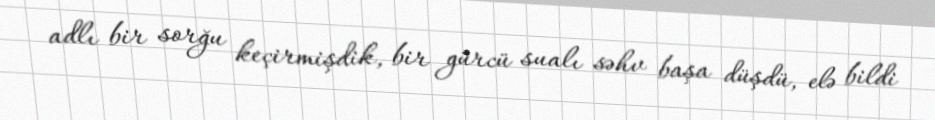
adlı bir sorğu keçirmişdik, bir gürcü sualı səhv başa düşdü, elə bildi